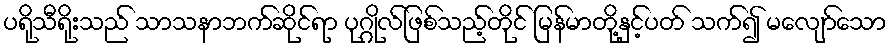
ပရိုသီရိုးသည် သာသနာဘက်ဆိုင်ရာ ပုဂ္ဂိုလ်ဖြစ်သည့်တိုင် မြန်မာတို့နှင့်ပတ် သက်၍ မလျော်သော